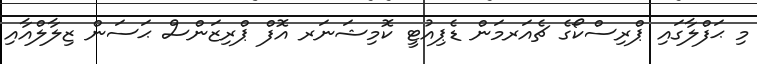
މި ޙަފްލާގައި ޕްރިސްކޯގެ ޗެއަރމަން ޑެޕިއުޓީ ކޮމިޝަނަރ އޮފް ޕްރިޒަންސް ޙަސަން ޒިލާލްއާއި